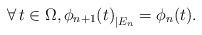
LaTeX: \begin{align*}\forall\, t\in \Omega, {\phi_{n+1}(t)}_{\vert E_n}= \phi_{n}(t).\end{align*}